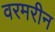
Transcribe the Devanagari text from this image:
वरमरीन